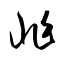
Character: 兆